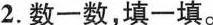
2.数一数，填一填。